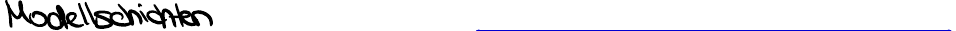
Modellschichten